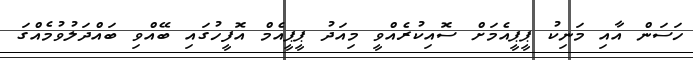
ހަސަން އާއި މަނިކު ޕީޕީއެމަށް ސޮއިކުރެއްވީ މިއަދު ޕީޕީއެމް އޮފީހުގައި ބޭއްވި ބައްދަލުވުމެއްގަ